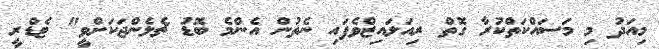
މިއަދު މި މަސައްކަތްކުރާ ގޮތް ރިއަލައިޒްވެފައި ނެތުން އެންމެ ބޮޑު ޗެލެންޖަކަށްވީ" ޓެޑްރީ